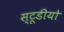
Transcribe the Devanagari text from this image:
स्टूडीयो